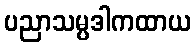
ပညာသမ္ပဒါကထာယ